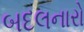
બદલનારો